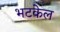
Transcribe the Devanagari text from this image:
भटकेल